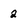
Character: 2